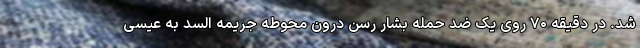
شد. در دقیقه ۷۰ روی یک ضد حمله بشار رسن درون محوطه جریمه السد به عیسی